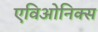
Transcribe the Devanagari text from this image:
एविओनिक्स